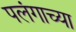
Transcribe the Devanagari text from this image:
पलंगाच्या